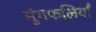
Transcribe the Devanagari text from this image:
मूंगफलियाँ